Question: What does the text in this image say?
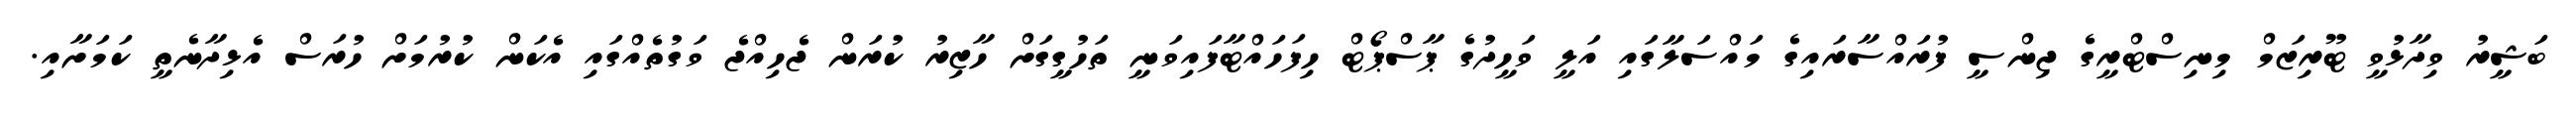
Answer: ބަޝީރު ވިދާޅުވީ ޓޫރިޒަމް މިނިސްޓްރީގެ ޖިންސީ ފުރައްސާރައިގެ މައްސަލާގައި އަލީ ވަހީދުގެ ޕާސްޕޯޓް ހިފަހައްޓާފައިވަނީ ތަހުގީގަށް ހާޒިރު ކުރަން ޖެހިއްޖެ ވަގުތެއްގައި އެކަން ކުރުމަށް ހުރަސް އެޅިދާނެތީ ކަމަށާއި.